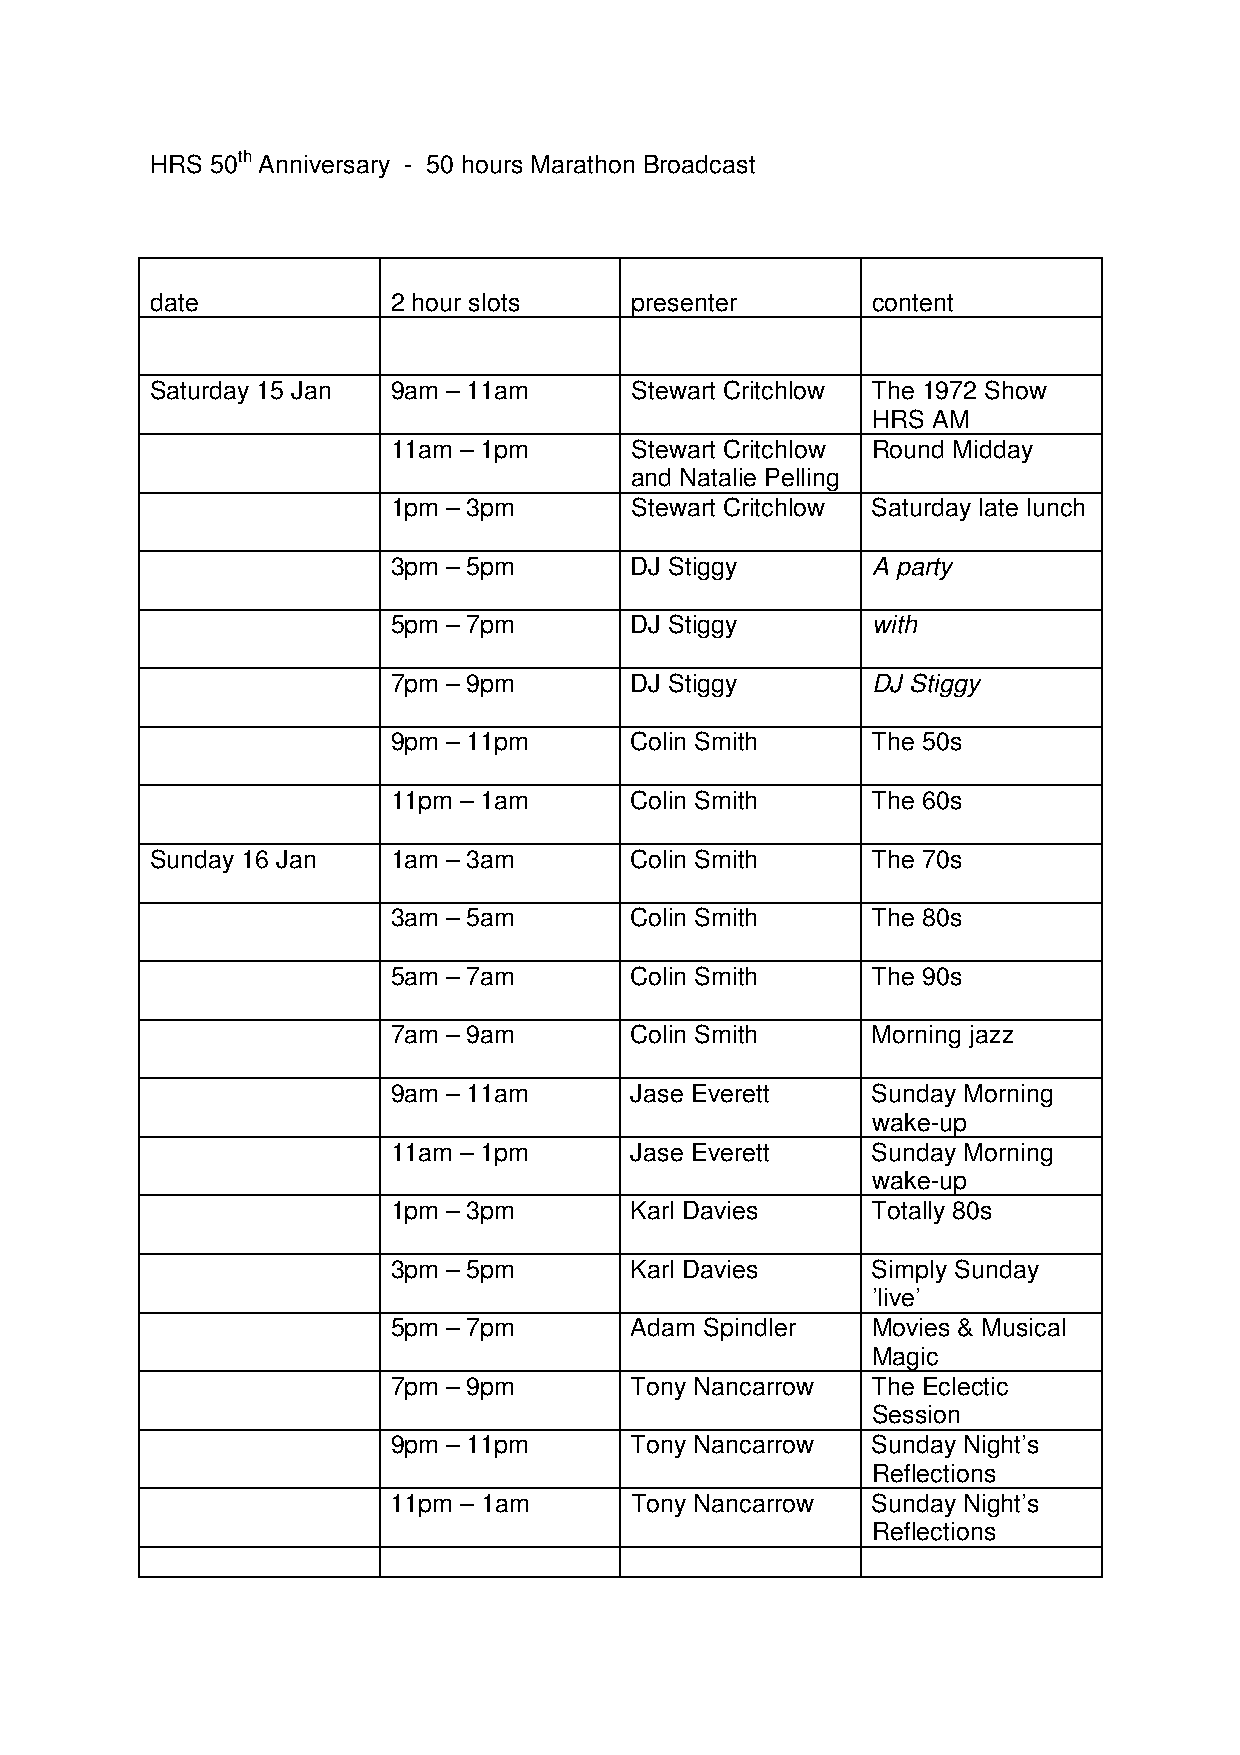
HRS 50th Anniversary - 50 hours Marathon Broadcast
 date            2 hour slots    presenter       content
 Saturday 15 Jan 9am – 11am      Stewart Critchlow The 1972 Show
 HRS AM
 11am – 1pm      Stewart Critchlow Round Midday
 and Natalie Pelling
 1pm – 3pm       Stewart Critchlow Saturday late lunch
 3pm – 5pm       DJ Stiggy       A party
 5pm – 7pm       DJ Stiggy       with
 7pm – 9pm       DJ Stiggy       DJ Stiggy
 9pm – 11pm      Colin Smith     The 50s
 11pm – 1am      Colin Smith     The 60s
 Sunday 16 Jan   1am – 3am       Colin Smith     The 70s
 3am – 5am       Colin Smith     The 80s
 5am – 7am       Colin Smith     The 90s
 7am – 9am       Colin Smith     Morning jazz
 9am – 11am      Jase Everett    Sunday Morning
 wake-up
 11am – 1pm      Jase Everett    Sunday Morning
 wake-up
 1pm – 3pm       Karl Davies     Totally 80s
 3pm – 5pm       Karl Davies     Simply Sunday
 ’live’
 5pm – 7pm       Adam Spindler   Movies & Musical
 Magic
 7pm – 9pm       Tony Nancarrow  The Eclectic
 Session
 9pm – 11pm      Tony Nancarrow  Sunday Night’s
 Reflections
 11pm – 1am      Tony Nancarrow  Sunday Night’s
 Reflections